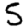
Digit: 5